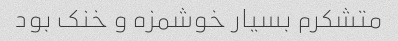
متشکرم بسیار خوشمزه و خنک بود